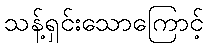
သန့်ရှင်းသောကြောင့်